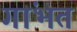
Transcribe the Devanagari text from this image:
गांभत